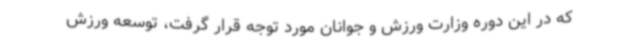
که در این دوره وزارت ورزش و جوانان مورد توجه قرار گرفت، توسعه ورزش